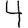
Digit: 4